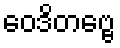
ဝေဒိတဗ္ဗေ